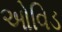
ઓવિડ